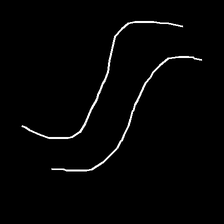
Glyph: float